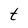
Character: t